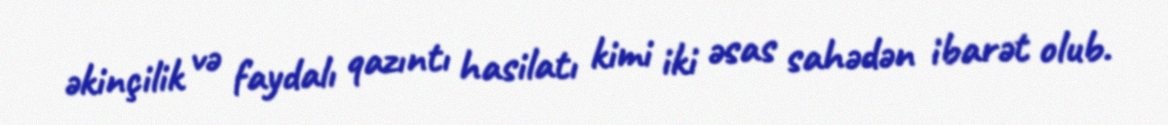
əkinçilik və faydalı qazıntı hasilatı kimi iki əsas sahədən ibarət olub.